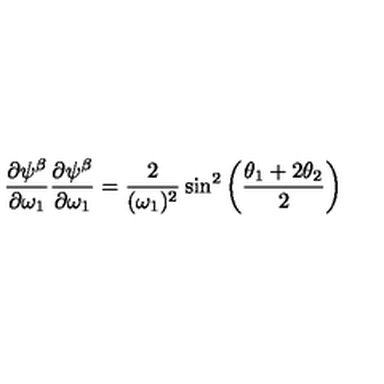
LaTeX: { \frac { \partial \psi ^ { \beta } } { \partial \omega _ { 1 } } } { \frac { \partial \psi ^ { \beta } } { \partial \omega _ { 1 } } } = { \frac { 2 } { ( \omega _ { 1 } ) ^ { 2 } } } \sin ^ { 2 } \left( { \frac { \theta _ { 1 } + 2 \theta _ { 2 } } { 2 } } \right)